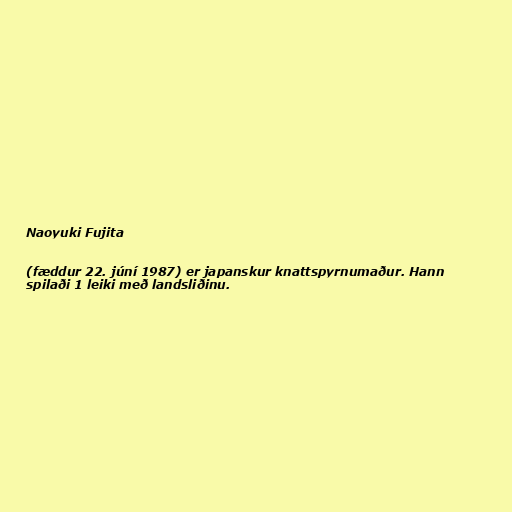
Naoyuki Fujita

(fæddur 22. júní 1987) er japanskur knattspyrnumaður. Hann
spilaði 1 leiki með landsliðinu.